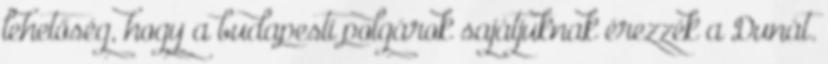
lehetőség, hogy a budapesti polgárok sajátjuknak érezzék a Dunát.